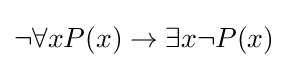
\lnot \forall xP(x)\to \exists x\lnot P(x)